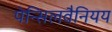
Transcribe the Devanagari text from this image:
पेन्सिलवैनियय